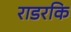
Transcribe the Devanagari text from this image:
राडरकि